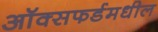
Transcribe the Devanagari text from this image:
ऑक्सफर्डमधील